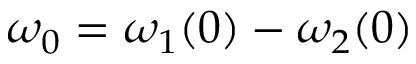
\omega _ { 0 } = \omega _ { 1 } ( 0 ) - \omega _ { 2 } ( 0 )